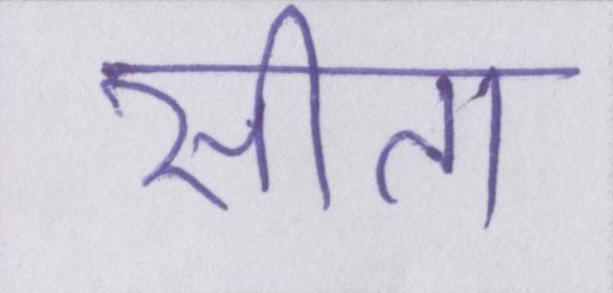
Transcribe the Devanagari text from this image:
सीता